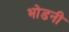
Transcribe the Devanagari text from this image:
भोडनी